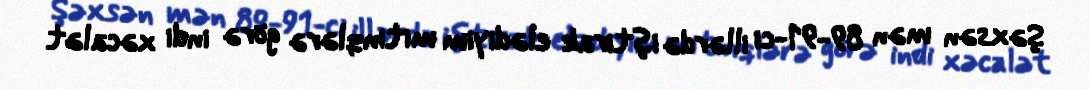
Şəxsən mən 89-91-ci illərdə iştirak elədiyim mitinqlərə görə indi xəcalət